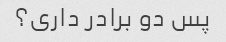
پس دو برادر داری؟